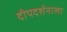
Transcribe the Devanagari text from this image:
दीपदर्शनाला